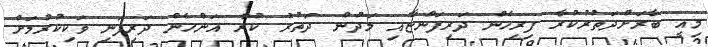
މިއީ ބާރަށްދަތުރުކުރާ ފިރިހެން ދަރިފަންޏާއި މަދުން ދަތުރު ކުރާ އަންހެން ދަރިފަނި ވަކިކުރުމަށް